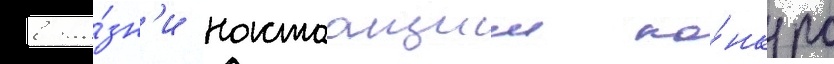
в жи́зн'и настоащии ко́нкурс